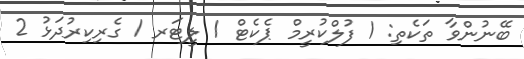
ބޭނުންވާ ތަކެތި: 1 ފުލްކުރީމް ޕެކެޓް 1 ލީޓަރ 1 ގެރިކިރުދަޅު 2